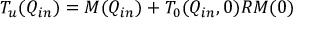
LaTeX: T _ { u } ( Q _ { i n } ) = M ( Q _ { i n } ) + T _ { 0 } ( Q _ { i n } , 0 ) R M ( 0 )